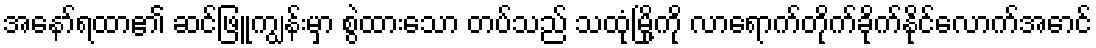
အနော်ရထာ၏ ဆင်ဖြူကျွန်းမှာ စွဲထားသော တပ်သည် သထုံမြို့ကို လာရောက်တိုက်ခိုက်နိုင်လောက်အောင်